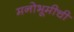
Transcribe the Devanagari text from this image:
मनोभूमीची